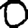
Digit: 0